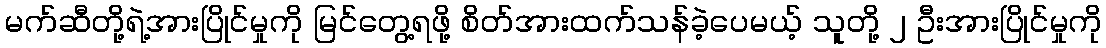
မက်ဆီတို့ရဲ့အားပြိုင်မှုကို မြင်တွေ့ရဖို့ စိတ်အားထက်သန်ခဲ့ပေမယ့် သူတို့ ၂ ဦးအားပြိုင်မှုကို